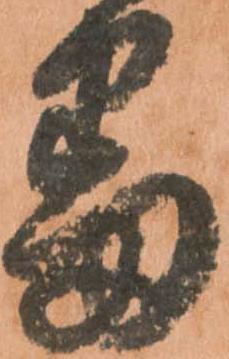
番